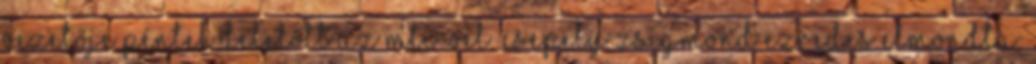
vezetője péntek délelőtt az MTI-vel. Csepely Zsigmond ezredes elmondta: